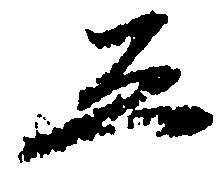
ゑ